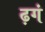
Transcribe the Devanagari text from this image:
ढ़गं